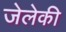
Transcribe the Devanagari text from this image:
जेलेकी